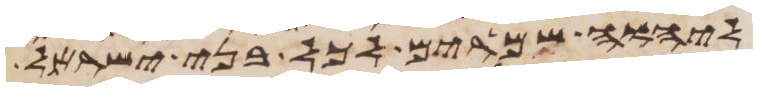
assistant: ליהוה שמרים לכל בני ישראל